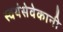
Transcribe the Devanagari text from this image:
स्वयंसेवेकानी